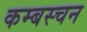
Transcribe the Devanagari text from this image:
कम्बस्चन